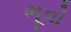
ભૂવો